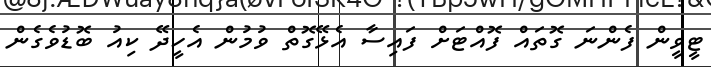
ޓީވީން ފެންނަ ގޮތައް ފޮއްޓަށް ފައިސާ އެޅޭގޮތް ވުމުން އެހީދޭ ކިއު ބޮޑުވެގެން